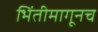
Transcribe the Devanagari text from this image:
भिंतीमागूनच